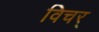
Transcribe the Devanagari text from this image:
विचर्